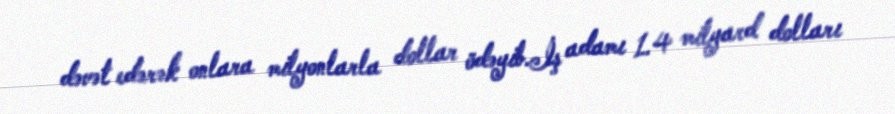
dəvət edərək onlara milyonlarla dollar ödəyib.İş adamı 1.4 milyard dolları